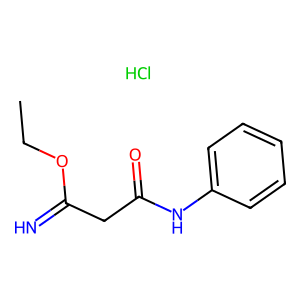
SMILES: CCOC(=N)CC(=O)Nc1ccccc1.Cl
Inhibits HIV replication: No